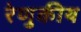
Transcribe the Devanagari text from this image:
रेणुकीय